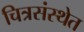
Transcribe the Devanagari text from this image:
चित्रसंस्थेत